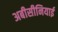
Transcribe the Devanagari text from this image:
अबीसीनियाई